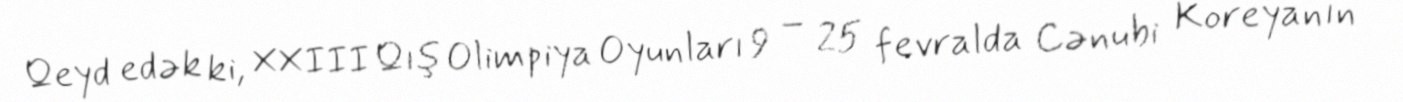
Qeyd edək ki, XXIII Qış Olimpiya Oyunları 9 – 25 fevralda Cənubi Koreyanın